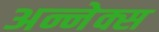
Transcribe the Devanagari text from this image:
अन्नेक्स